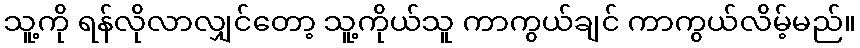
သူ့ကို ရန်လိုလာလျှင်တော့ သူ့ကိုယ်သူ ကာကွယ်ချင် ကာကွယ်လိမ့်မည်။